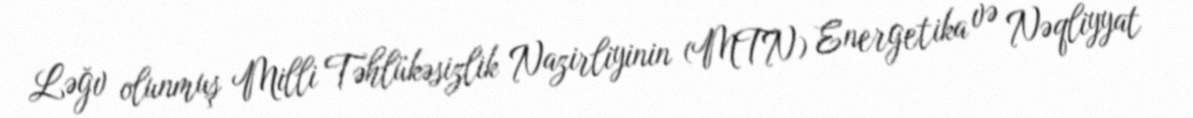
Ləğv olunmuş Milli Təhlükəsizlik Nazirliyinin (MTN) Energetika və Nəqliyyat